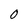
Character: 0